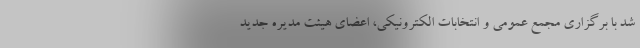
شد با برگزاری مجمع عمومی و انتخابات الکترونیکی، اعضای هیئت مدیره جدید